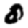
Digit: 0